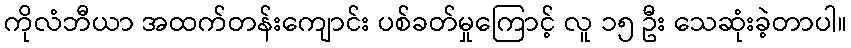
ကိုလံဘီယာ အထက်တန်းကျောင်း ပစ်ခတ်မှုကြောင့် လူ ၁၅ ဦး သေဆုံးခဲ့တာပါ။